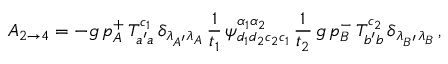
A _ { 2 \rightarrow 4 } = - g \, p _ { A } ^ { + } \, T _ { a ^ { \prime } a } ^ { c _ { 1 } } \, \delta _ { \lambda _ { A ^ { \prime } } \lambda _ { A } } \, \frac 1 { t _ { 1 } } \, \psi _ { d _ { 1 } d _ { 2 } c _ { 2 } c _ { 1 } } ^ { \alpha _ { 1 } \alpha _ { 2 } } \, \frac 1 { t _ { 2 } } \, g \, p _ { B } ^ { - } \, T _ { b ^ { \prime } b } ^ { c _ { 2 } } \, \delta _ { \lambda _ { B ^ { \prime } } \lambda _ { B } } \, ,